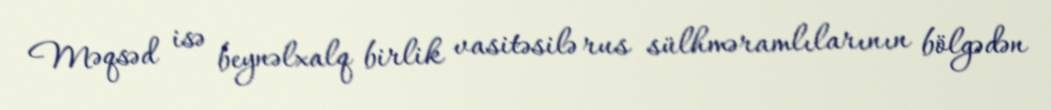
Məqsəd isə beynəlxalq birlik vasitəsilə rus sülhməramlılarının bölgədən